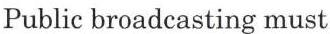
Public broadcasting must